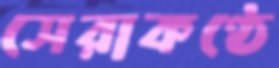
সেরাকণ্ঠে